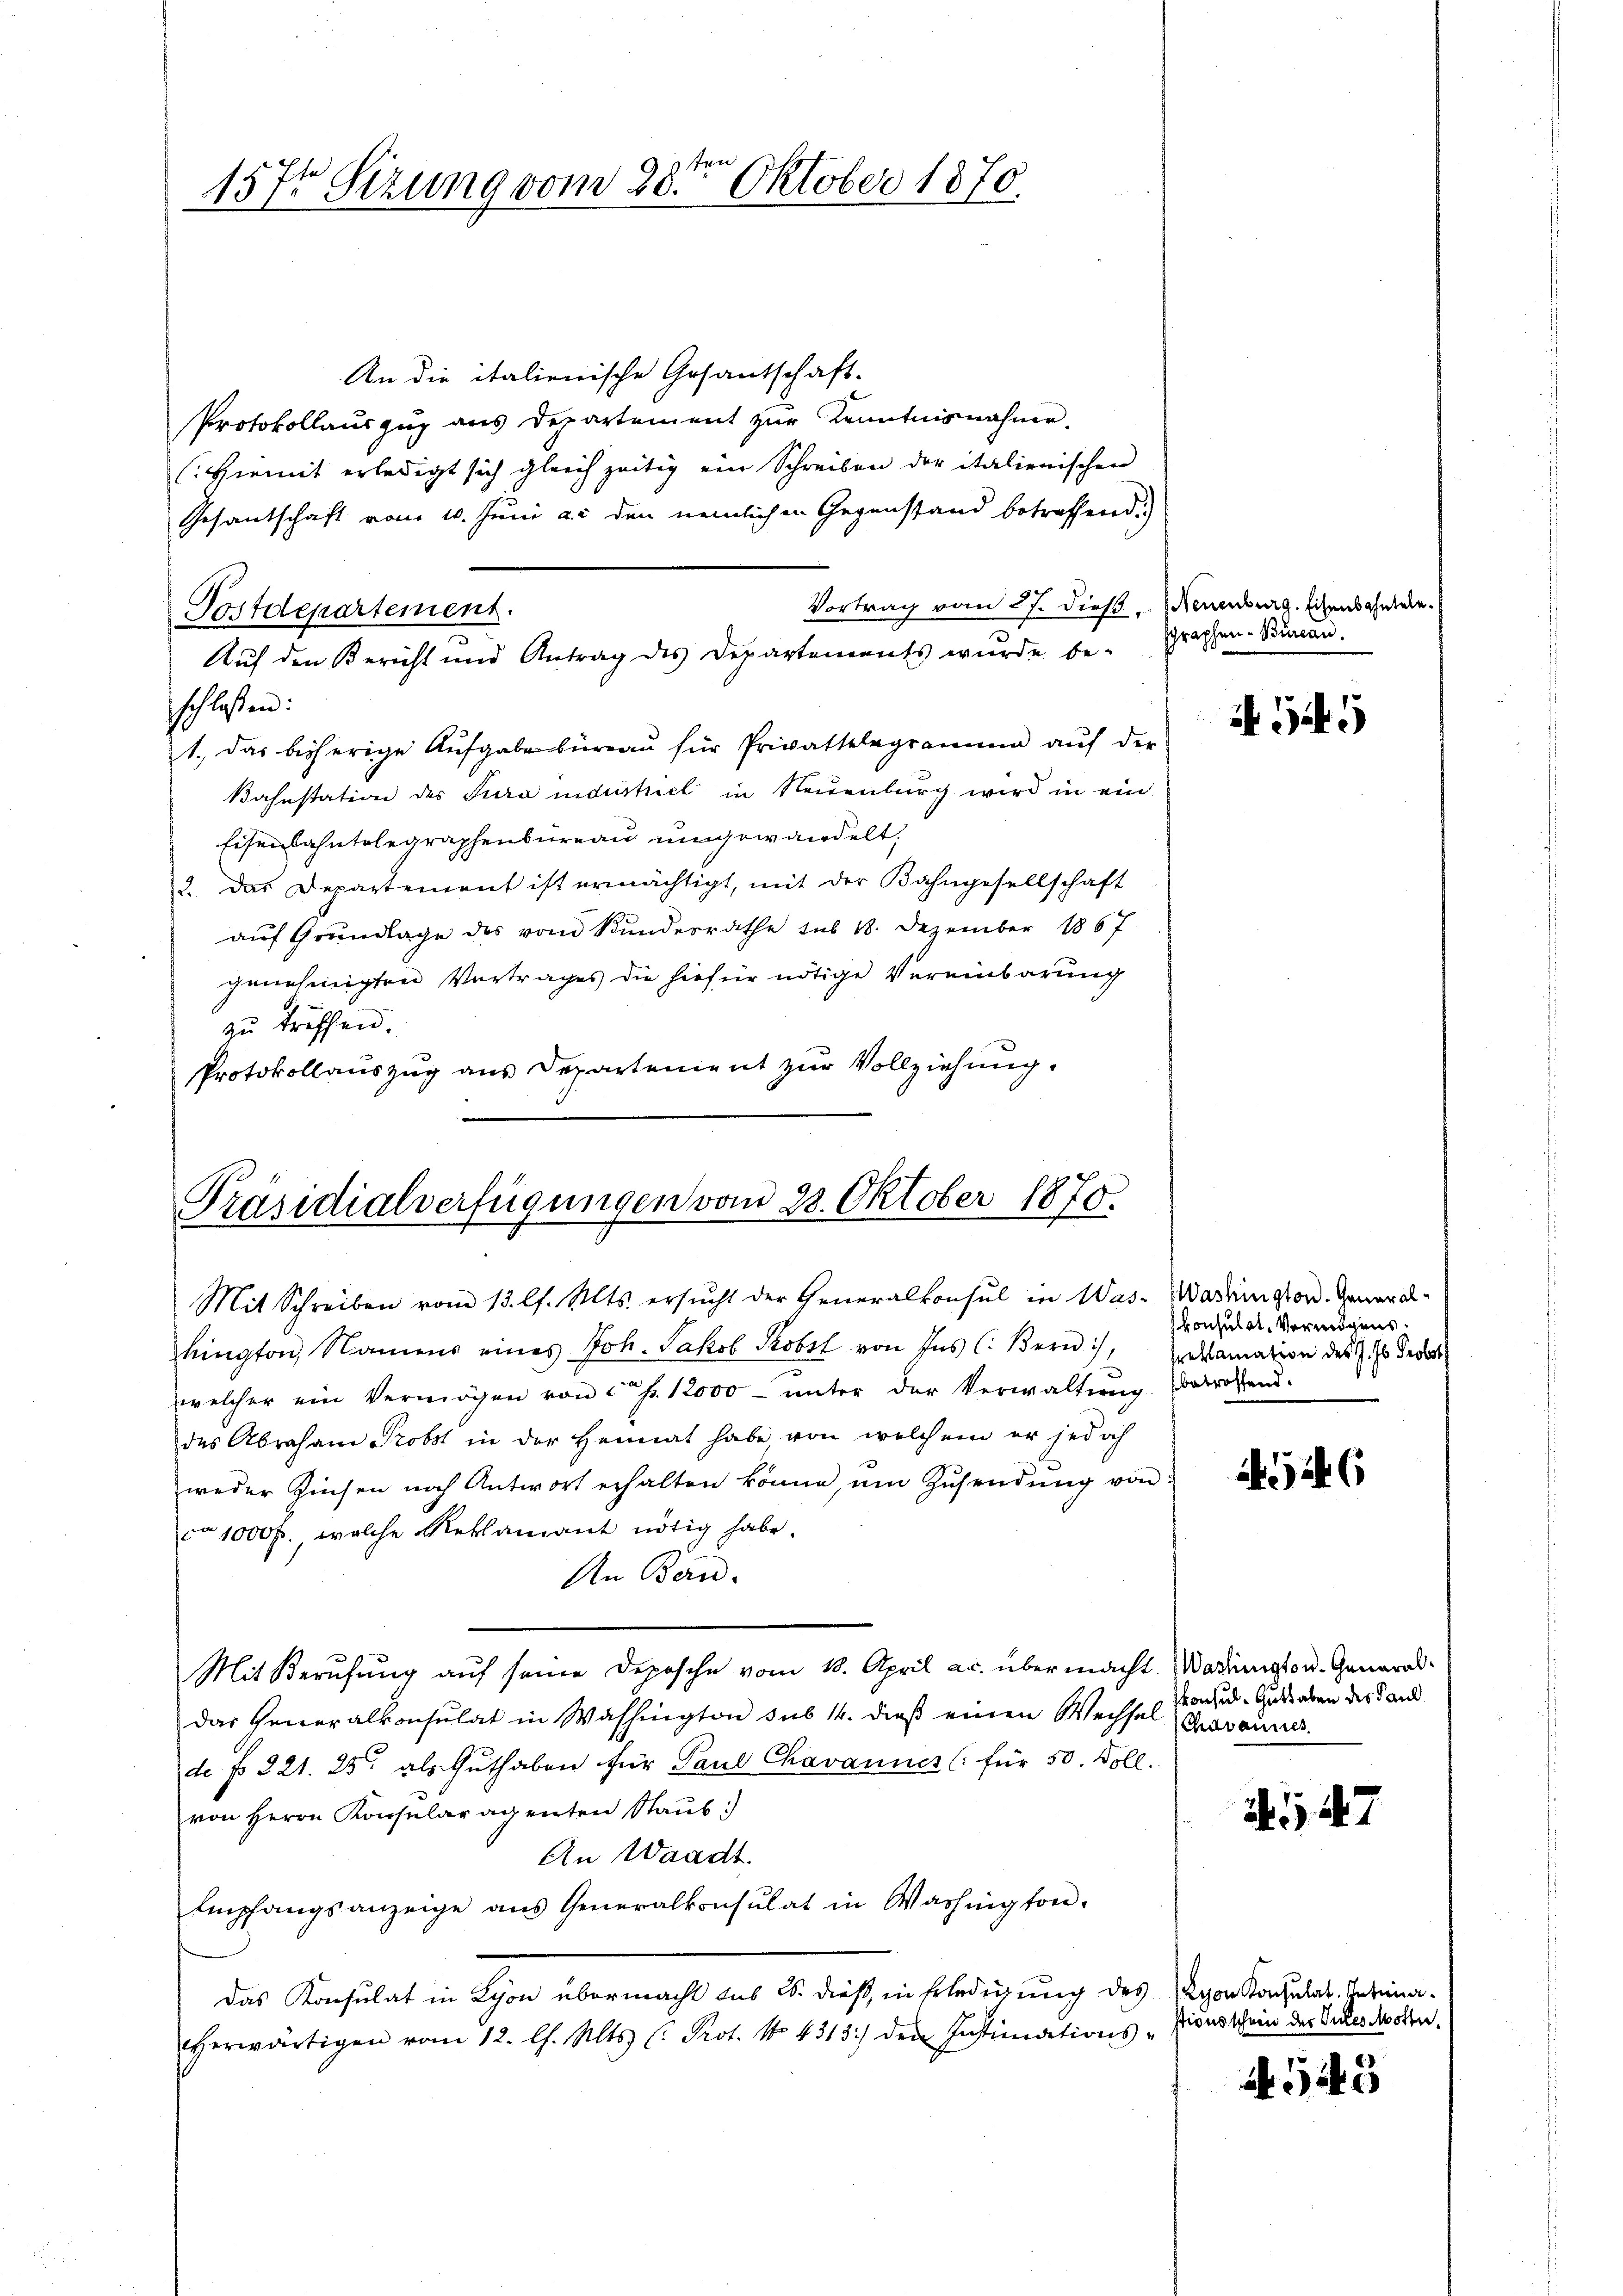
1ten
157t Sizung vom 20. Oktober 1870.

Postdepartement.

Auf den Bericht und Antrag des Departements wurde be- Prachen-Bureau.

An die italienische Gosantschaft.
Protokollauszug aus Departement zŭr Kenntnisnahme.
(Hiemit erledigt sich gleich zeitig ein Schreiben der italienischen
Gesantschaft vom 10. Juni a. den nemlichen Gegenstand betreffend.)
Vortrag vom 27. dieß (Neuenburg. Eisenbahntele
schlossen:
1., das bisherige Aufgabe büreau für Privattelegramme aŭf der
Bahnstation des Jura industriel in Neuenburg wird in ein
Eisenbahntelegraphenbureau umgewandelt,
2. Das Departement ist ermächtigt, mit der Bahngesellschaft
auf Grundlage des vom Bundesrathe sub 18. Dezember 1867
genehmigten Vertrages die hiefür nötige Vereinbarung
zŭ treffen.
Protokollauszug aus Departenient zur Vollziehung.

Präsidialverfügungen vom 23. Oktober 1875.

Mit Schreiben vom 13. lt. Mts. ersucht der Generalkonsul in Was-Wadrington. General-
hington, Namens eines Joh. Jakob Probst von Ins (Bern, Erlamation des Er des
welcher ein Vermögen von ca Fr. 12000 - ŭnter der Verwaltŭng betroffend.
des Abraham Probst in der Heimat habe von welchem er jedoch
weder Zinsen noch Antwort erhalten könne, um Zusendung von
ca 1000 fr., welche Reklamant nötig habe.
An Bern.
Mit Berufung auf seine Deposche vom 18. April ac. über macht Wadienston. General-
das Generalkonsulat in Washington sub 14. dieß einen Wechsel
de § 221. 25. als Guthaben für Paul Chavannes (für 50. Voll.
von Herrn Konsularagenten Staub
An Waadt.
Empfangsanzeige ans Generalkonsulat in Washington.
Das Konsulat in Lyon übermacht das S. dieß, in Erledigung des
herwärtigen vom 12. l. Mts. (: Prot. No 4313) den Instimations-Zionsschein der Gutes des ober¬

i G

konsulat Vermögens.

1246

konsul-Guthaben des Pand
Chavannes.

il 47

Lyon Konsulat Intima¬

545